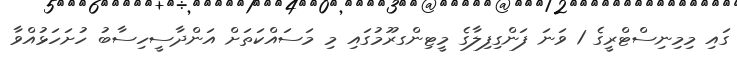
ގައި މިމިނިސްޓްރީގެ 1 ވަނަ ފަންގިފިލާގެ މީޓިންގރޫމުގައި މި މަސައްކަތަށް އަންދާސީހިސާބު ހުށަހަޅުއްވާ